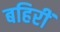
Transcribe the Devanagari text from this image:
बहिरीं